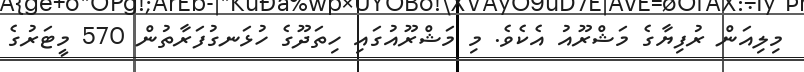
މިލިއަން ރުފިޔާގެ މަޝްރޫއު އެކެވެ. މި މަޝްރޫއުގައި ހިތަދޫގެ ހުޅަނގުފަރާތުން 570 މީޓަރުގެ